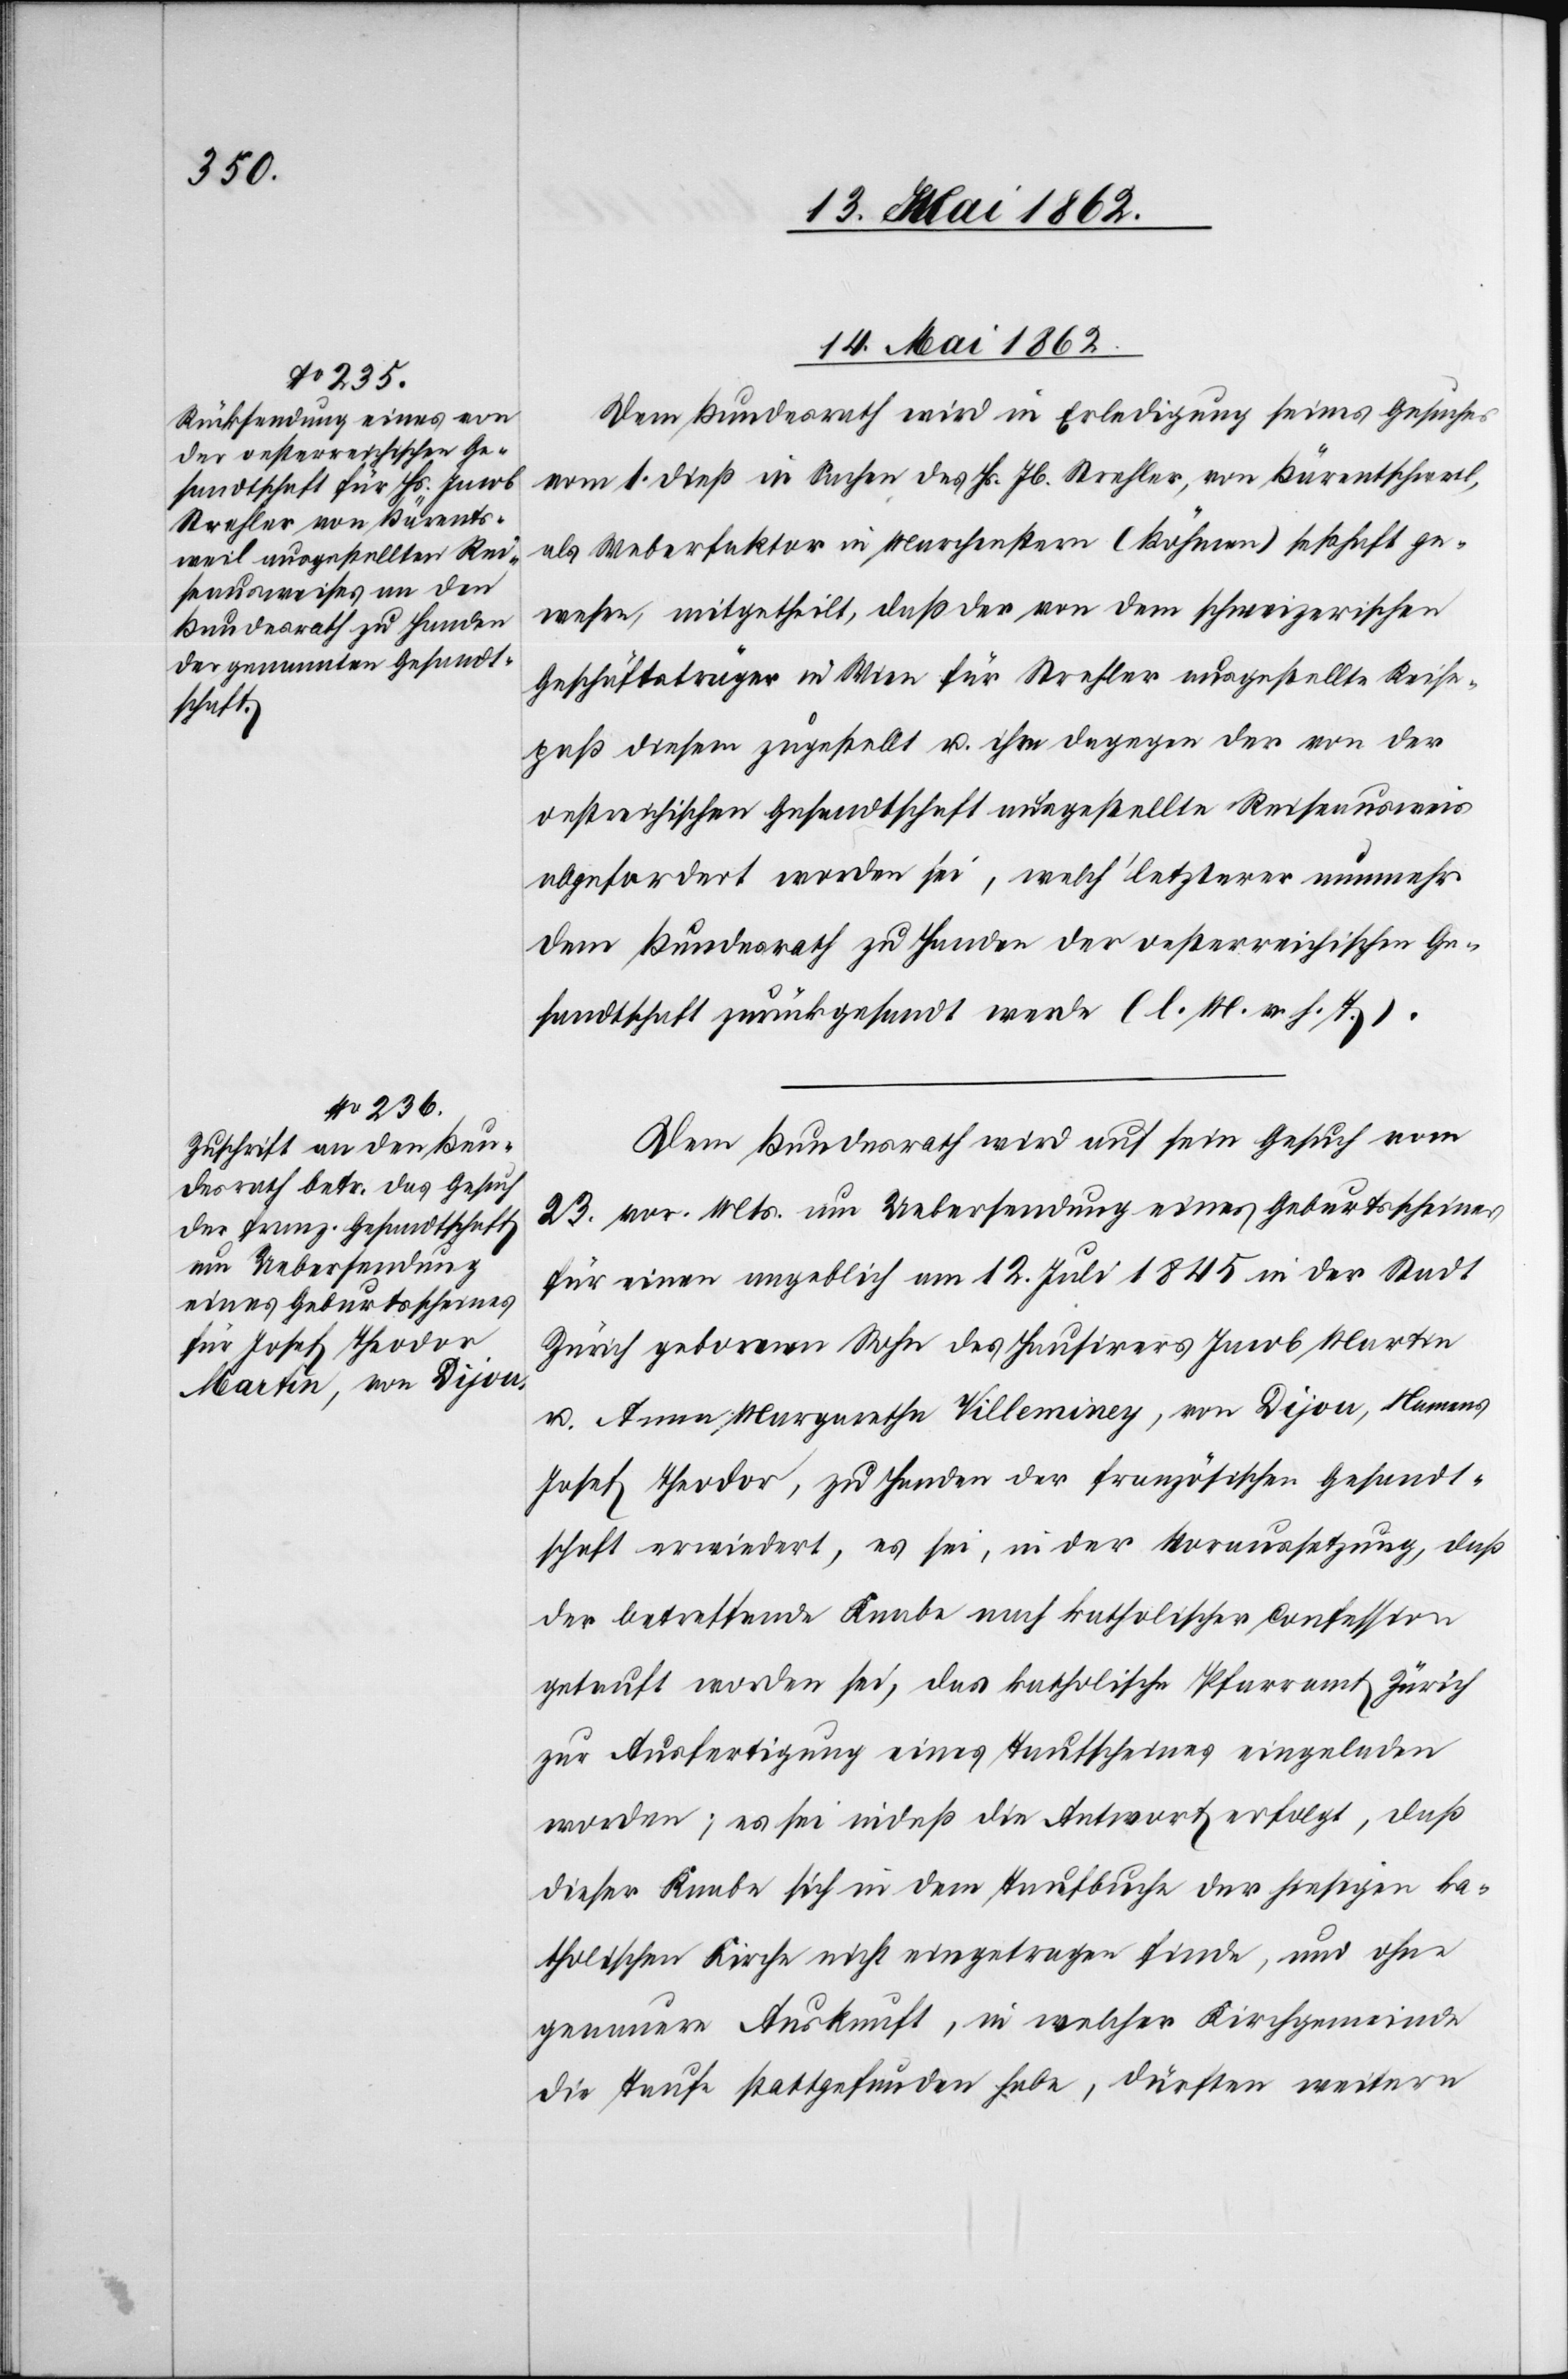
14. Mai 1862.]
Dem Bundesrath wird in Erledigung seines Gesuches
vom 1. dieß in Sachen des Hs. Jb. Strehler, von Bärentschweil,
als Weberfaktor in Marchenstern (Böhmen) seßhaft ge¬
wesen, mitgetheilt, daß der von dem schweizerischen
Geschäftsträger in Wien für Strehler ausgestellte Reise¬
paß diesem zugestellt u. ihm dagegen der von der
oestreichischen Gesandtschaft ausgestellte Reiseausweis
abgefordert worden sei, welch’ letzterer nunmehr
dem Bundesrath zu Handen der oesterreichischen Ge¬
sandtschaft zurückgesandt werde. (l. M. v. h. T.).
Dem Bundesrath wird auf sein Gesuch vom
23. vor. Mts. um Uebersendung eines Geburtsscheines
für einen angeblich am 12. Juli 1845 in der Stadt
Zürich geborenen Sohn des Hausirers Jacob Martin
u. Anna Margaretha Volleminey, von Dijon, Namens
Josef Theodor, zu Handen der französischen Gesandt¬
schaft erwiedert, es sei, in der Voraussetzung, daß
der betreffende Knabe nach katholischer Confession
getauft worden sei, das katholische Pfarramt Zürich
zur Ausfertigung eines Taufscheines eingeladen
worden; es sei indeß die Antwort erfolgt, daß
dieser Knabe sich in dem Taufbuche der hiesigen ka¬
tholischen Kirche nicht eingetragen finde, und ohne
genauere Auskunft, in welcher Kirchgemeinde
die Taufe stattgefunden habe, dürften weitere